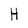
Character: H